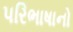
પરિભાષાનો